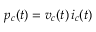
p _ { c } ( t ) = v _ { c } ( t ) \, i _ { c } ( t )